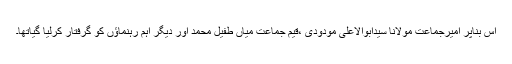
اس بناپر امیرجماعت مولانا سیدابوالاعلی مودودی ،قیم جماعت میاں طفیل محمد اور دیگر اہم رہنماﺅں کو گرفتار کرلیا گیاتھا۔